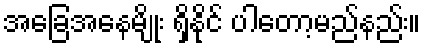
အခြေအနေမျိုး ရှိနိုင် ပါတော့မည်နည်း။